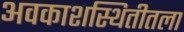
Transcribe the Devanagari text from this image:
अवकाशस्थितीतला